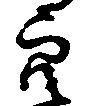
穴